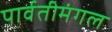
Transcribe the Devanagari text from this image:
पार्वतीमंगल